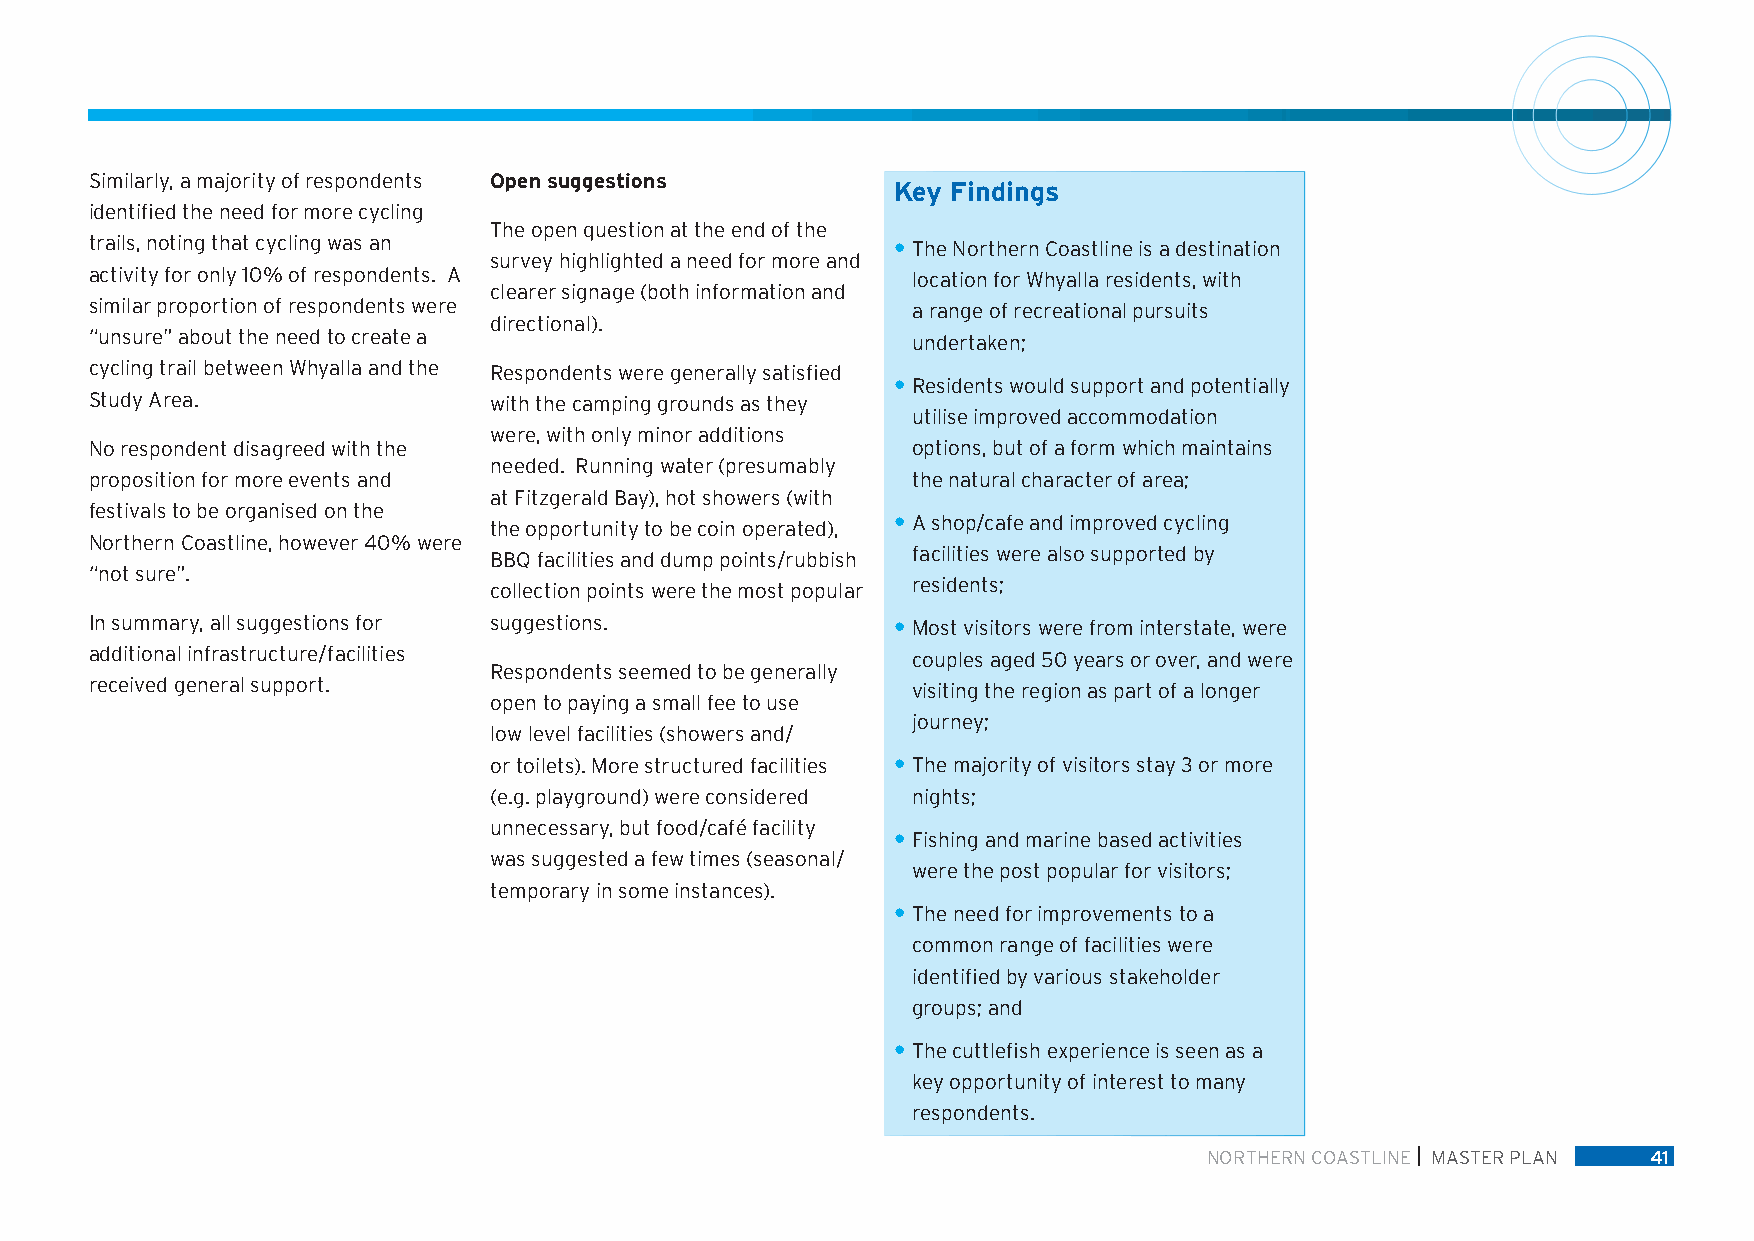
Similarly, a majority of respondents Open suggestions
 Key Findings
 identified the need for more cycling
 The open question at the end of the
 trails, noting that cycling was an                   • The Northern Coastline is a destination
 survey highlighted a need for more and
 activity for only 10% of respondents. A               location for Whyalla residents, with
 clearer signage (both information and
 similar proportion of respondents were                a range of recreational pursuits
 directional).
 “unsure” about the need to create a                   undertaken;
 cycling trail between Whyalla and the Respondents were generally satisfied
 • Residents would support and potentially
 Study Area.               with the camping grounds as they
 utilise improved accommodation
 were, with only minor additions
 No respondent disagreed with the                      options, but of a form which maintains
 needed. Running water (presumably
 proposition for more events and                       the natural character of area;
 at Fitzgerald Bay), hot showers (with
 festivals to be organised on the
 the opportunity to be coin operated), • A shop/cafe and improved cycling
 Northern Coastline, however 40% were
 BBQ facilities and dump points/rubbish facilities were also supported by
 “not sure”.
 collection points were the most popular residents;
 In summary, all suggestions for suggestions.         • Most visitors were from interstate, were
 additional infrastructure/facilities                  couples aged 50 years or over, and were
 Respondents seemed to be generally
 received general support.                             visiting the region as part of a longer
 open to paying a small fee to use
 journey;
 low level facilities (showers and/
 or toilets). More structured facilities • The majority of visitors stay 3 or more
 (e.g. playground) were considered nights;
 unnecessary, but food/café facility
 • Fishing and marine based activities
 was suggested a few times (seasonal/
 were the post popular for visitors;
 temporary in some instances).
 • The need for improvements to a
 common range of facilities were
 identified by various stakeholder
 groups; and
 • The cuttlefish experience is seen as a
 key opportunity of interest to many
 respondents.
 NORTHERN COASTLINE MASTER PLAN 41